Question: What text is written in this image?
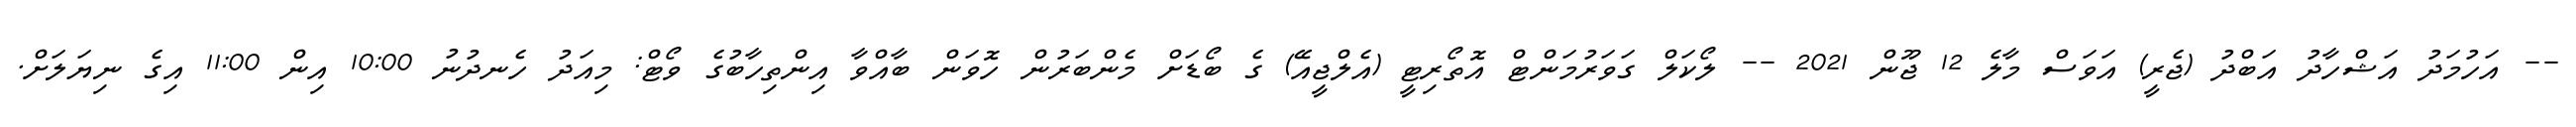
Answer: -- އަހުމަދު އަޝްހާދު އަބްދު (ޖެރީ) އަވަސް މާލެ 12 ޖޫން 2021 -- ލޯކަލް ގަވަރުމަންޓް އޮތޯރިޓީ (އެލްޖީއޭ) ގެ ބޯޑަށް މެންބަރުން ހޮވަން ބާއްވާ އިންތިހާބުގެ ވޯޓް: މިއަދު ހެނދުނު 10:00 އިން 11:00 އިގެ ނިޔަލަށް.